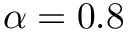
\alpha = 0 . 8